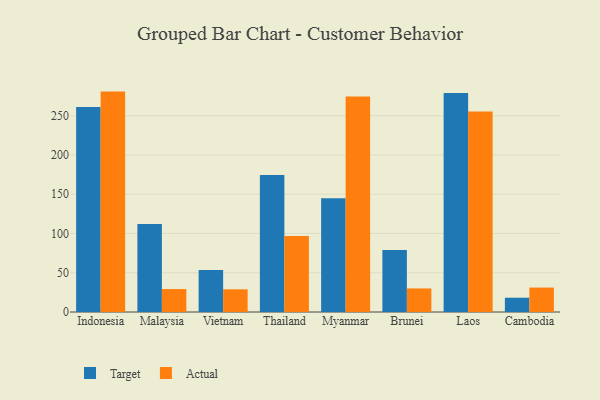
{"axis": {"x": "Country", "y": "Production Output"}, "legend": ["Actual", "Target"], "data": [{"x": "Indonesia", "y": 261.2, "type": "Target"}, {"x": "Indonesia", "y": 280.7, "type": "Actual"}, {"x": "Malaysia", "y": 112.2, "type": "Target"}, {"x": "Malaysia", "y": 29.2, "type": "Actual"}, {"x": "Vietnam", "y": 53.4, "type": "Target"}, {"x": "Vietnam", "y": 28.9, "type": "Actual"}, {"x": "Thailand", "y": 174.5, "type": "Target"}, {"x": "Thailand", "y": 96.9, "type": "Actual"}, {"x": "Myanmar", "y": 145.0, "type": "Target"}, {"x": "Myanmar", "y": 274.5, "type": "Actual"}, {"x": "Brunei", "y": 79.1, "type": "Target"}, {"x": "Brunei", "y": 30.0, "type": "Actual"}, {"x": "Laos", "y": 278.9, "type": "Target"}, {"x": "Laos", "y": 255.4, "type": "Actual"}, {"x": "Cambodia", "y": 18.2, "type": "Target"}, {"x": "Cambodia", "y": 31.1, "type": "Actual"}]}